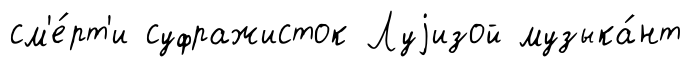
см'е́рт'и суфражисток Луjизой музыка́нт